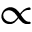
\propto